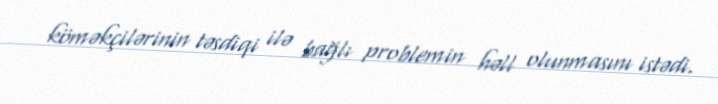
köməkçilərinin təsdiqi ilə bağlı problemin həll olunmasını istədi.